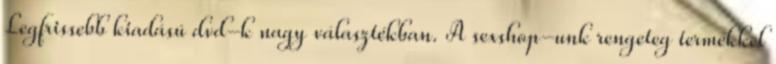
Legfrissebb kiadású dvd-k nagy választékban. A sexshop-unk rengeteg termékkel